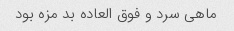
ماهی سرد و فوق العاده بد مزه بود